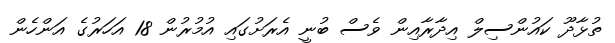
ތުޅާދޫ ކައުންސިލް އިދާރާއިން ވެސް ބުނީ އެރަށުގައި އުމުރުން 18 އަހަރުގެ އަންހެން